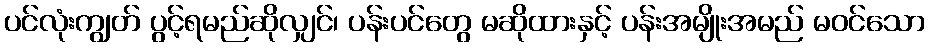
ပင်လုံးကျွတ် ပွင့်ရမည်ဆိုလျှင်၊ ပန်းပင်တွေ မဆိုထားနှင့် ပန်းအမျိုးအမည် မဝင်သော